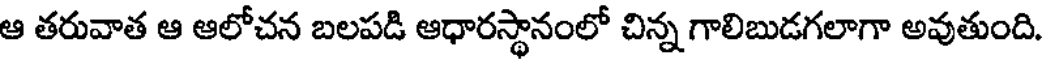
ఆ తరువాత ఆ ఆలోచన బలపడి ఆధారస్థానంలో చిన్న గాలిబుడగలాగా అవుతుంది.